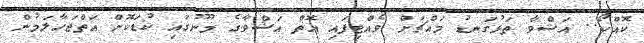
ކޮއްކޯ.. އަޝްވާ ތަޅުގަނޑު މައްޗަށް ވެއްޓިފައި އޮތް އަޝްވާގެ މޫނުގައި ކުޑަކޮށް އަތްޖަހާލަމުން